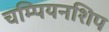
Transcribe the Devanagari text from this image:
चम्पियनशिप